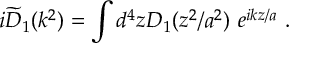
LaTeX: i \widetilde D _ { 1 } ( k ^ { 2 } ) = \int d ^ { 4 } z D _ { 1 } ( z ^ { 2 } / a ^ { 2 } ) \ e ^ { i k z / a } ~ .